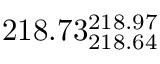
2 1 8 . 7 3 _ { 2 1 8 . 6 4 } ^ { 2 1 8 . 9 7 }